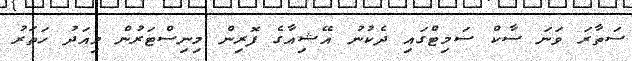
ސަތާރަ ވަނަ ސާކް ސަމިޓްގައި ދެކުނު އޭޝިއާގެ ފޮރިން މިނިސްޓަރުން މިއަދު ހަތަރު